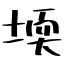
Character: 堧